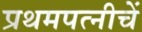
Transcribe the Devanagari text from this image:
प्रथमपत्नीचें